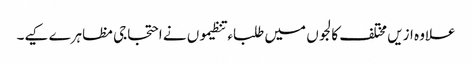
علاوہ ازیں مختلف کالجوں میں طلباء تنظیموں نے احتجاجی مظاہرے کیے۔